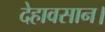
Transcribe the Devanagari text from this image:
देहावसान।